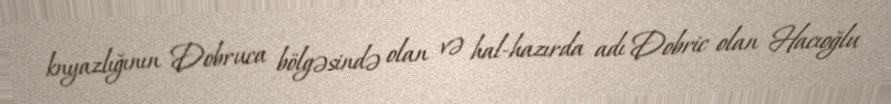
knyazlığının Dobruca bölgəsində olan və hal-hazırda adı Dobric olan Hacıoğlu